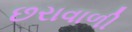
છરાવાળી